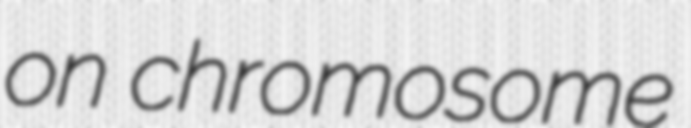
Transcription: on chromosome